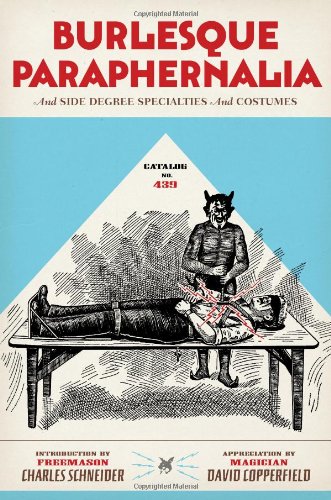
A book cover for Catalog No. 439: Burlesque Paraphernalia and Side Degree Specialties and Costumes; Crafts, Hobbies & Home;